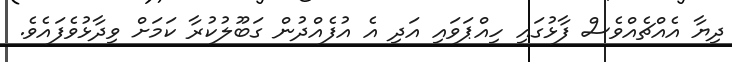
ދިޔާ އެއްޗެއްވެސް ފާޅުގައި ހިއްޕަވައި އަދި އެ އުފެއްދުން ގަބޫލުކުރާ ކަމަށް ވިދާޅުވެފައެވެ.